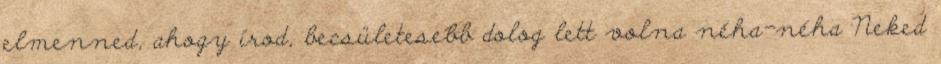
elmenned, ahogy írod, becsületesebb dolog lett volna néha-néha Neked